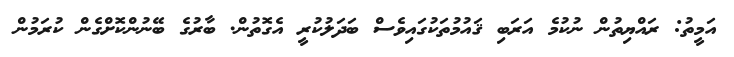
އަމީތު: ރައްޔިތުން ނުކުމެ އަރަބި ޤައުމުތަކުގައިވެސް ބަދަލުކުރީ އެގޮތުން. ބާރުގެ ބޭނުންކޮށްގެން ކުރަމުން